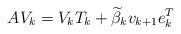
LaTeX: \begin{align*}AV_{k}=V_{k}T_{k}+\widetilde{\beta}_{k}v_{k+1}e_{k}^{T}\end{align*}